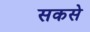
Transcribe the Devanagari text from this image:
सकसे